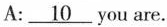
A:\underline{10}you are.